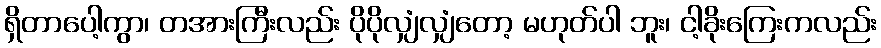
ရှိတာပေါ့ကွာ၊ တအားကြီးလည်း ပိုပိုလျှံလျှံတော့ မဟုတ်ပါ ဘူး၊ ငါ့ခိုးကြေးကလည်း